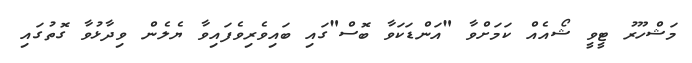
މަޝްހޫރު ޓީވީ ޝޯއެއް ކަމަށްވާ "އަންޑަކަވާ ބޮސް"ގައި ބައިވެރިވެފައިވާ ޔެލެން ވިދާޅުވާ ގޮތުގައި